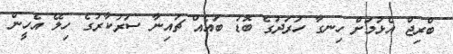
ބްރިޖް އެޅުމަށް ހިނގާ ހަރަދުގެ ބޮޑު ބައެއް ޗައިނާ ސަރުކާރުގެ ހިލޭ އެހީން